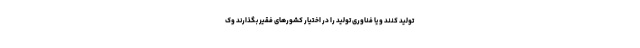
تولید کنند و یا فناوری تولید را در اختیار کشورهای فقیر بگذارند وک